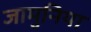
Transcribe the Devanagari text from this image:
जामुनिया